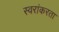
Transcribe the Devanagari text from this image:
स्वरांकरता